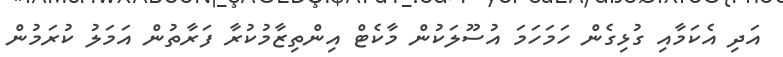
އަދި އެކަމާއި ގުޅިގެން ހަމަހަމަ އުސޫލަކުން މާކެޓް އިންތިޒާމުކުރާ ފަރާތުން އަމަލު ކުރަމުން